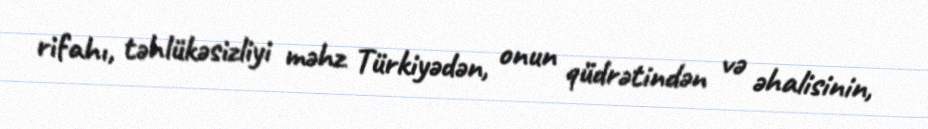
rifahı, təhlükəsizliyi məhz Türkiyədən, onun qüdrətindən və əhalisinin,